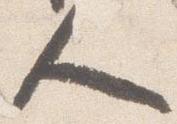
人